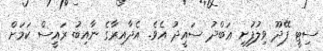
ސިޓީ ފޭދޫ ވިލުފުށި ޢަބްދު ސައީދު އެވެ. އެދާއިރާގެ ނާއިބު ރައީސް ކަމަށް